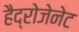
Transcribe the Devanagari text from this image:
हैद्रोजेनेट